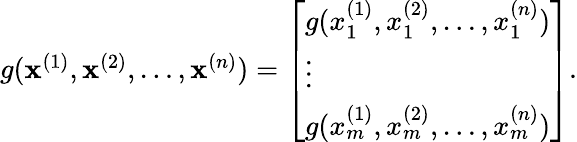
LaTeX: \begin{array}{r}{g(\mathbf x^{(1)},\mathbf x^{(2)},\ldots,\mathbf x^{(n)})=\left[\begin{array}{l}{g(x_{1}^{(1)},x_{1}^{(2)},\ldots,x_{1}^{(n)})}\\ {\vdots}\\ {g(x_{m}^{(1)},x_{m}^{(2)},\ldots,x_{m}^{(n)})}\end{array}\right].}\end{array}